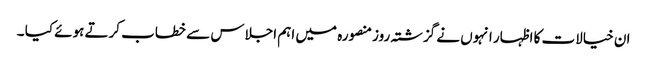
ان خیالات کا اظہار انہوں نے گزشتہ روزمنصورہ میں اہم اجلاس سے خطاب کرتے ہوئے کیا ۔